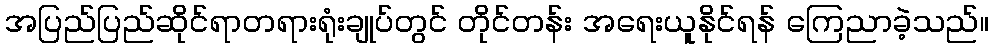
အပြည်ပြည်ဆိုင်ရာတရားရုံးချုပ်တွင် တိုင်တန်း အရေးယူနိုင်ရန် ကြေညာခဲ့သည်။